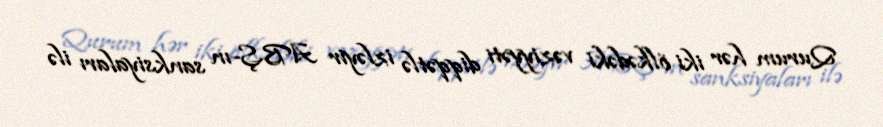
Qurum hər iki ölkədəki vəziyyəti diqqətlə izləyir ABŞ-ın sanksiyaları ilə